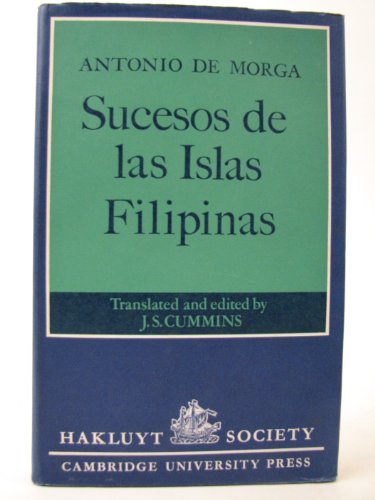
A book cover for Sucesos de las Islas Filipinas: Antonio De Morga (Hakluyt Society Second); J. S. Cummins; History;